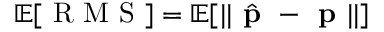
\mathbb { E } [ \textrm { R M S } ] = \mathbb { E } [ | | \hat { \textbf { p } } - \textbf { p } | | ]